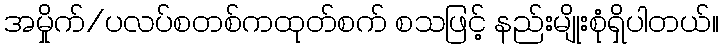
အမှိုက်/ပလပ်စတစ်ကထုတ်စက် စသဖြင့် နည်းမျိုးစုံရှိပါတယ်။